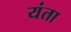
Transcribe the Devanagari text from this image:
यंता